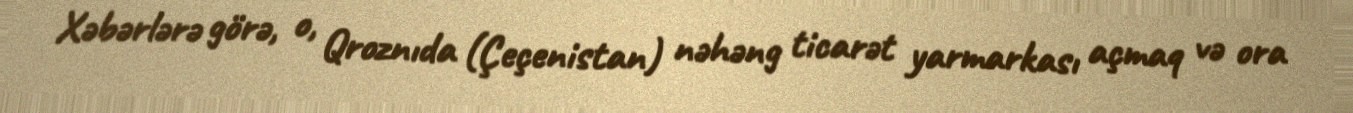
Xəbərlərə görə, o, Qroznıda (Çeçenistan) nəhəng ticarət yarmarkası açmaq və ora